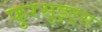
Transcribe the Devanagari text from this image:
फुरसुइट्स